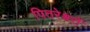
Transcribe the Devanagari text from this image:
पितरेश्वरों